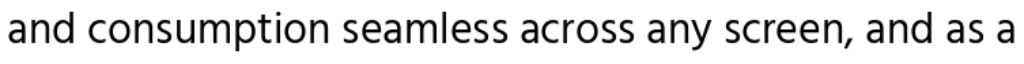
and consumption seamless across any screen, and as a